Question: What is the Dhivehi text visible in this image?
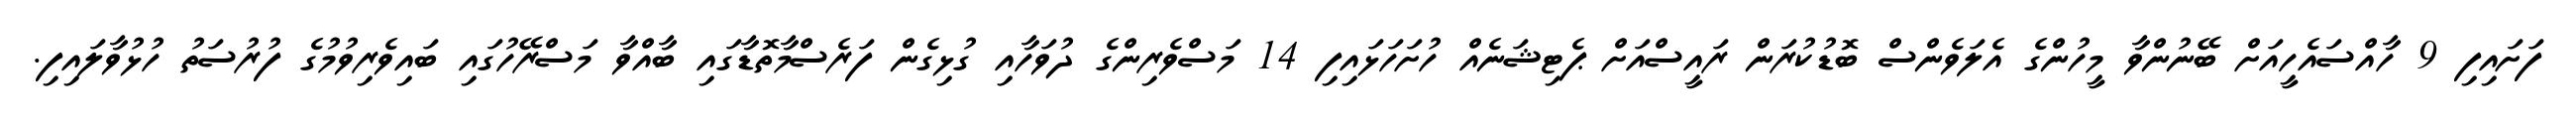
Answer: ފަށައިފި 9 ހާއްސައެހީއަށް ބޭނުންވާ މީހުންގެ އެލަވެންސް ބޮޑުކުރަން ރައީސްއަށް ޕެޓިޝަނެއް ހުށަހަޅައިފި 14 މަސްވެރިންގެ ދުވަހާއި ގުޅިގެން ފަރެސްމާތޮޑާގައި ބާއްވާ މަސްރޭހުގައި ބައިވެރިވުމުގެ ފުރުސަތު ހުޅުވާލައިފި.